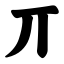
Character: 丌